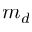
m _ { d }